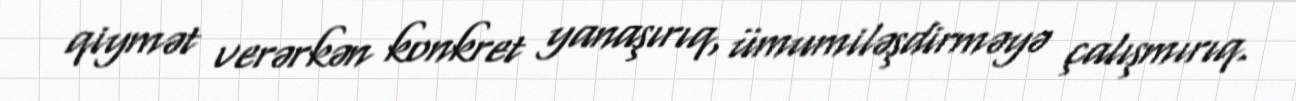
qiymət verərkən konkret yanaşırıq, ümumiləşdirməyə çalışmırıq.